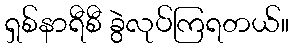
ရှစ်နာရီစီ ခွဲလုပ်ကြရတယ်။